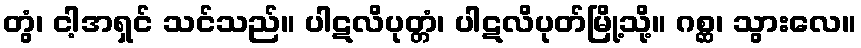
တွံ၊ ငါ့အရှင် သင်သည်။ ပါဋလိပုတ္တံ၊ ပါဋလိပုတ်မြို့သို့။ ဂစ္ဆ၊ သွားလေ။